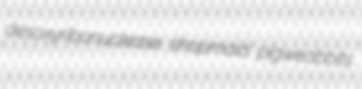
desoxyribonuclease shopmaid pigweabbits